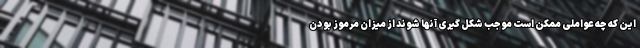
این که چه عواملی ممکن است موجب شکل گیری آنها شوند از میزان مرموز بودن